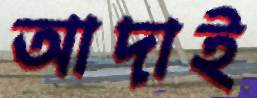
আদাই